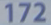
172